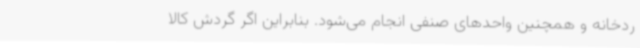
ردخانه و همچنین واحدهای صنفی انجام می‌شود. بنابراین اگر گردش کالا